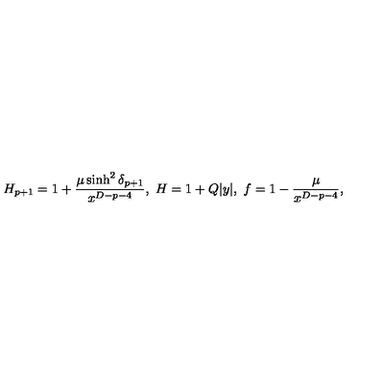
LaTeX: H _ { p + 1 } = 1 + { \frac { \mu \sinh ^ { 2 } \delta _ { p + 1 } } { x ^ { D - p - 4 } } } , \ H = 1 + Q | y | , \ f = 1 - { \frac { \mu } { x ^ { D - p - 4 } } } ,